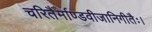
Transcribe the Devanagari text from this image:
चरितैर्माण्डवीजानिगीतैः।